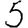
Digit: 5